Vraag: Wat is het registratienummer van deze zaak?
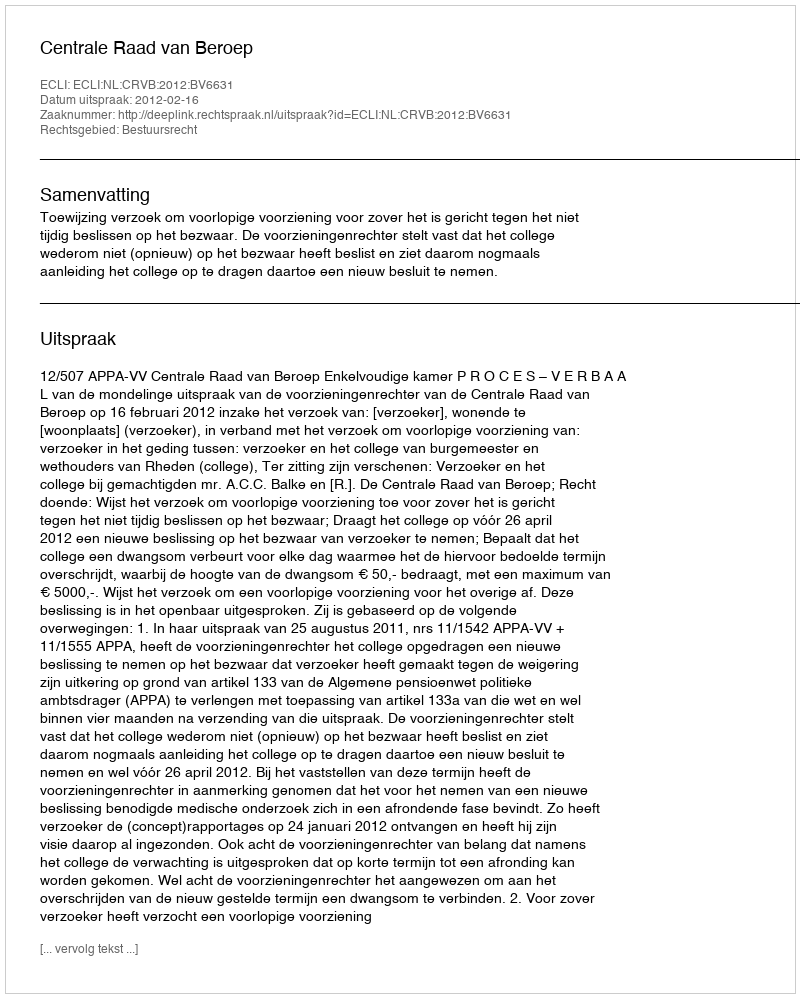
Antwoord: http://deeplink.rechtspraak.nl/uitspraak?id=ECLI:NL:CRVB:2012:BV6631